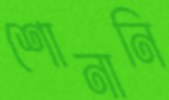
শোনানি